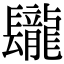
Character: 𨳁